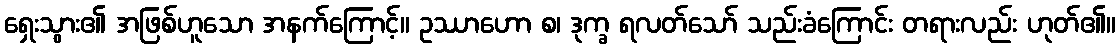
ရှေးသွား၏ အဖြစ်ဟူသော အနက်ကြောင့်။ ဥဿာဟော စ၊ ဒုက္ခ ရလတ်သော် သည်းခံကြောင်း တရားလည်း ဟုတ်၏။